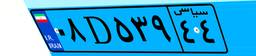
۰۸D۵۳۹۴۴